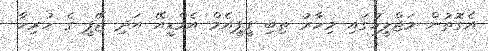
އެގޮތުން މަޖްލީހުގައި މިހާރު ތިބި ޕީޕީއެމް އެމްޑީއޭ އަދި ޖޭޕީ ގެ ހުރިހާ